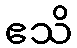
ဧသိ